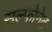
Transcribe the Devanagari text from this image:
सल्फोनेट